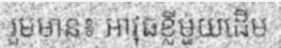
រួមមាន៖ អាវុធខ្លីមួយដើម